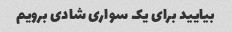
بیایید برای یک سواری شادی برویم